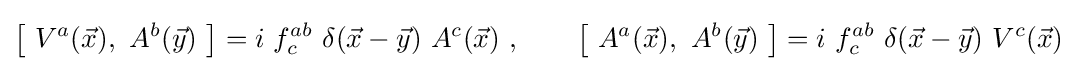
{\bigl [}\ V^{a}({\vec {x}}),\ A^{b}({\vec {y}})\ {\bigr ]}=i\ f_{c}^{ab}\ \delta ({\vec {x}}-{\vec {y}})\ A^{c}({\vec {x}})\ ,\qquad {\bigl [}\ A^{a}({\vec {x}}),\ A^{b}({\vec {y}})\ {\bigr ]}=i\ f_{c}^{ab}\ \delta ({\vec {x}}-{\vec {y}})\ V^{c}({\vec {x}})~